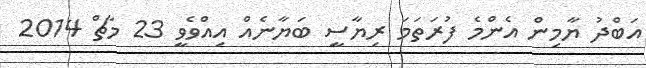
އަބްދު ޔާމިން އެންމެ ފުރަތަމަ ރިޔާސީ ބަޔާނެއް އިއްވެވީ 23 މާޗް 2014